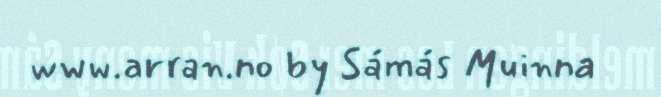
www.arran.no by Sámás Muinna